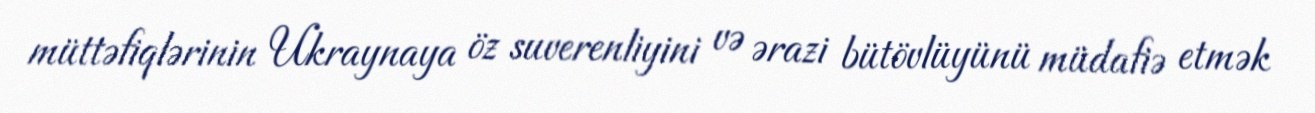
müttəfiqlərinin Ukraynaya öz suverenliyini və ərazi bütövlüyünü müdafiə etmək